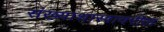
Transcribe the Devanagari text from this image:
संख्याशास्त्रावरील